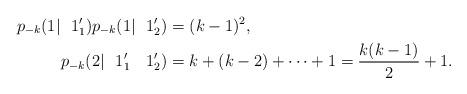
LaTeX: \begin{align*}p_{-k}(1|~~1_{1}')p_{-k}(1|~~1_{2}')&=(k-1)^2,\\p_{-k}(2|~~1_{1}'~~~1_{2}')&=k+(k-2)+\cdots+1=\frac{k(k-1)}{2}+1.\end{align*}